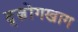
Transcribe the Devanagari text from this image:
द्ज़ोंगखाग